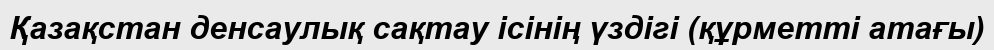
Қазақстан денсаулық сақтау ісінің үздігі (құрметті атағы)